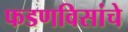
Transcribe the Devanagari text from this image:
फडणविसांचे